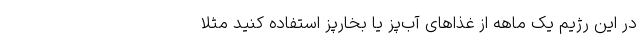
در این رژیم یک ماهه از غذا‌های آب‌پز یا بخارپز استفاده کنید مثلا